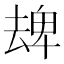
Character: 𠬈